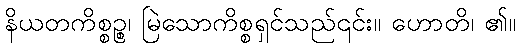
နိယတကိစ္စဉ္စ၊ မြဲသောကိစ္စရှင်သည်၎င်း။ ဟောတိ၊ ၏။